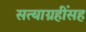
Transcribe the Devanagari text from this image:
सत्याग्रहींसह